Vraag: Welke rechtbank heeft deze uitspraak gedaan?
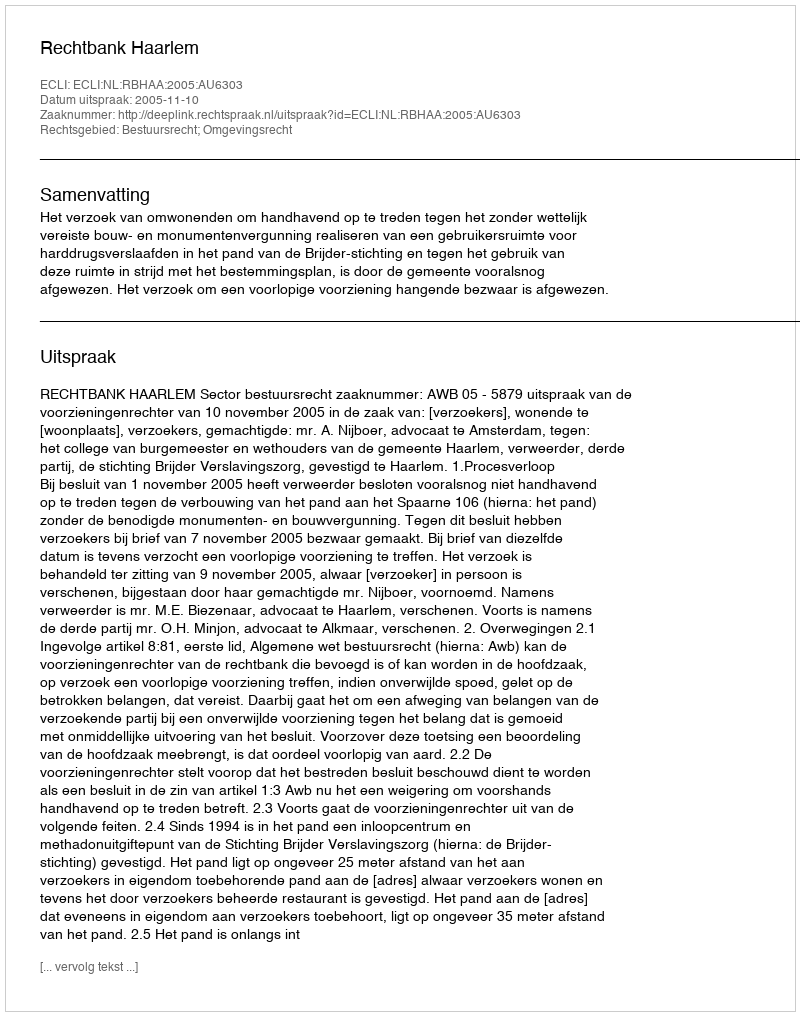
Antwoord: Rechtbank Haarlem